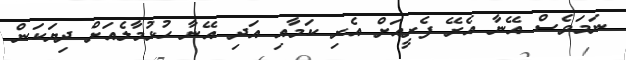
ނަމަވެސް އޭނާ އެރޭ ފެރީއަށް އެރި ކަމާއި އަދި އޭނާ ހުޅުމާލެއަށް ދިޔަކަން